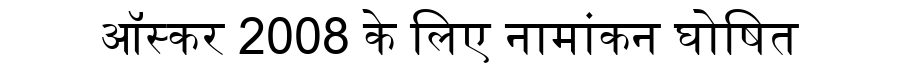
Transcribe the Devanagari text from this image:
ऑस्कर 2008 के लिए नामांकन घोषित